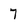
Character: 7